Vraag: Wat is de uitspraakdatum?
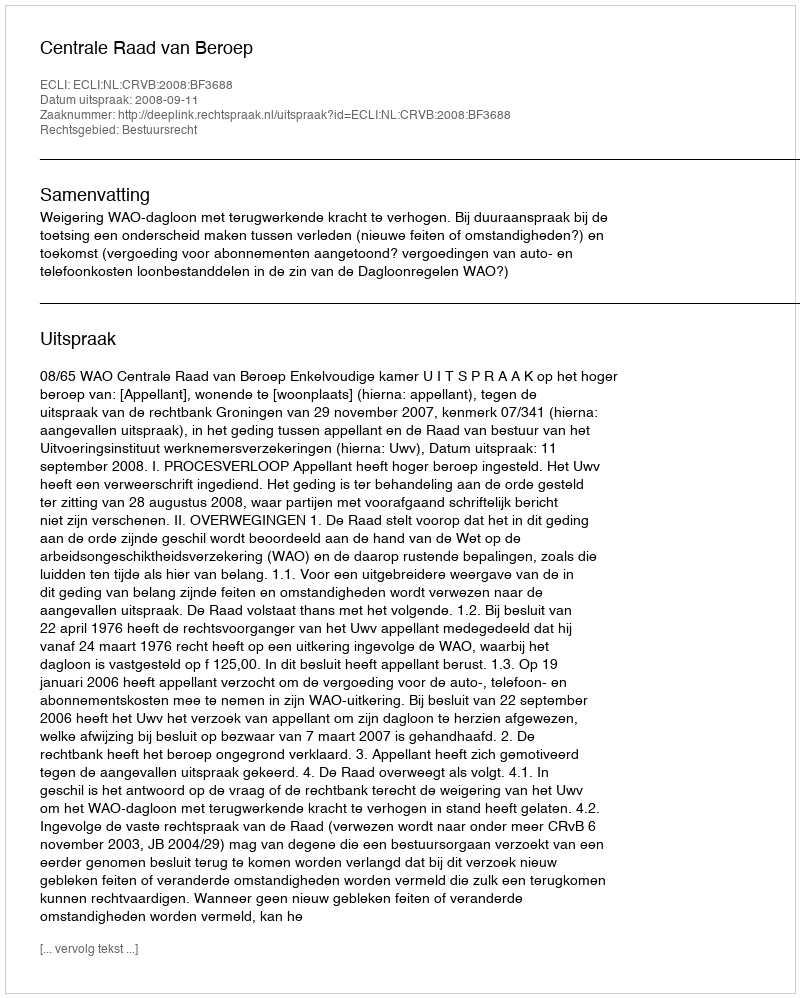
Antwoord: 2008-09-11